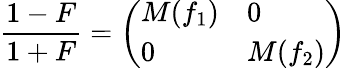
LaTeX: {\frac{1-F}{1+F}}=\left(\begin{array}{ll}{{M(f_{1})}}&{{0}}\\ {{0}}&{{M(f_{2})}}\end{array}\right)